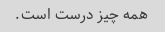
همه چیز درست است.